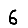
Digit: 6